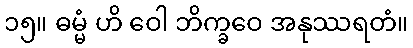
၁၅။ ဓမ္မံ ဟိ ဝေါ ဘိက္ခဝေ အနုဿရတံ။